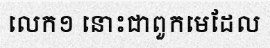
លេក១ នោះជាពួកមេដែល